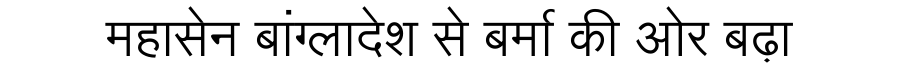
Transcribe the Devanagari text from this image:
महासेन बांग्लादेश से बर्मा की ओर बढ़ा